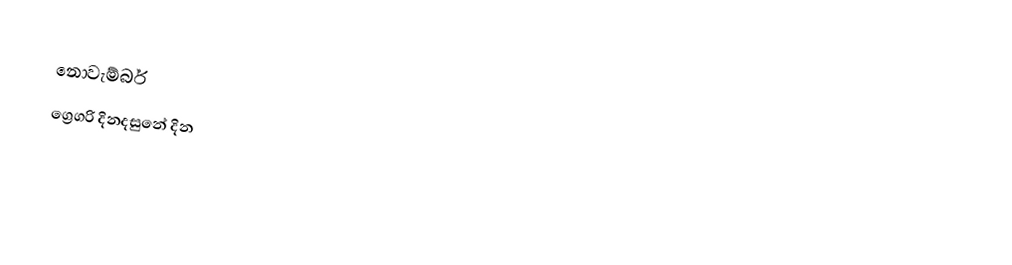
නොවැම්බර්
ග්‍රෙගරි දිනදසුනේ දින